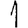
Digit: 1